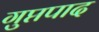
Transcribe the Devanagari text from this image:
गुप्तपाद